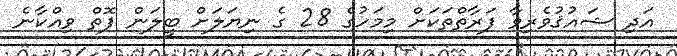
އަދި ޝައުޤުވެރިވާ ފަރާތްތަކަށް މިމަހުގެ 28 ގެ ނިޔަލަށް ބީލަން ފޮތް ވިއްކާނެ